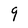
Character: 9